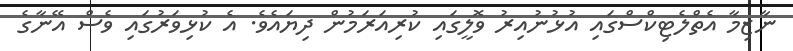
ނާޒިމާ އެތްލެޓިކްސްގައި އުޅުނުއިރު ވޮލީގައި ކުރިއަރަމުން ދިޔައެވެ. އެ ކުޅިވަރުގައި ވެސް އޭނާގެ